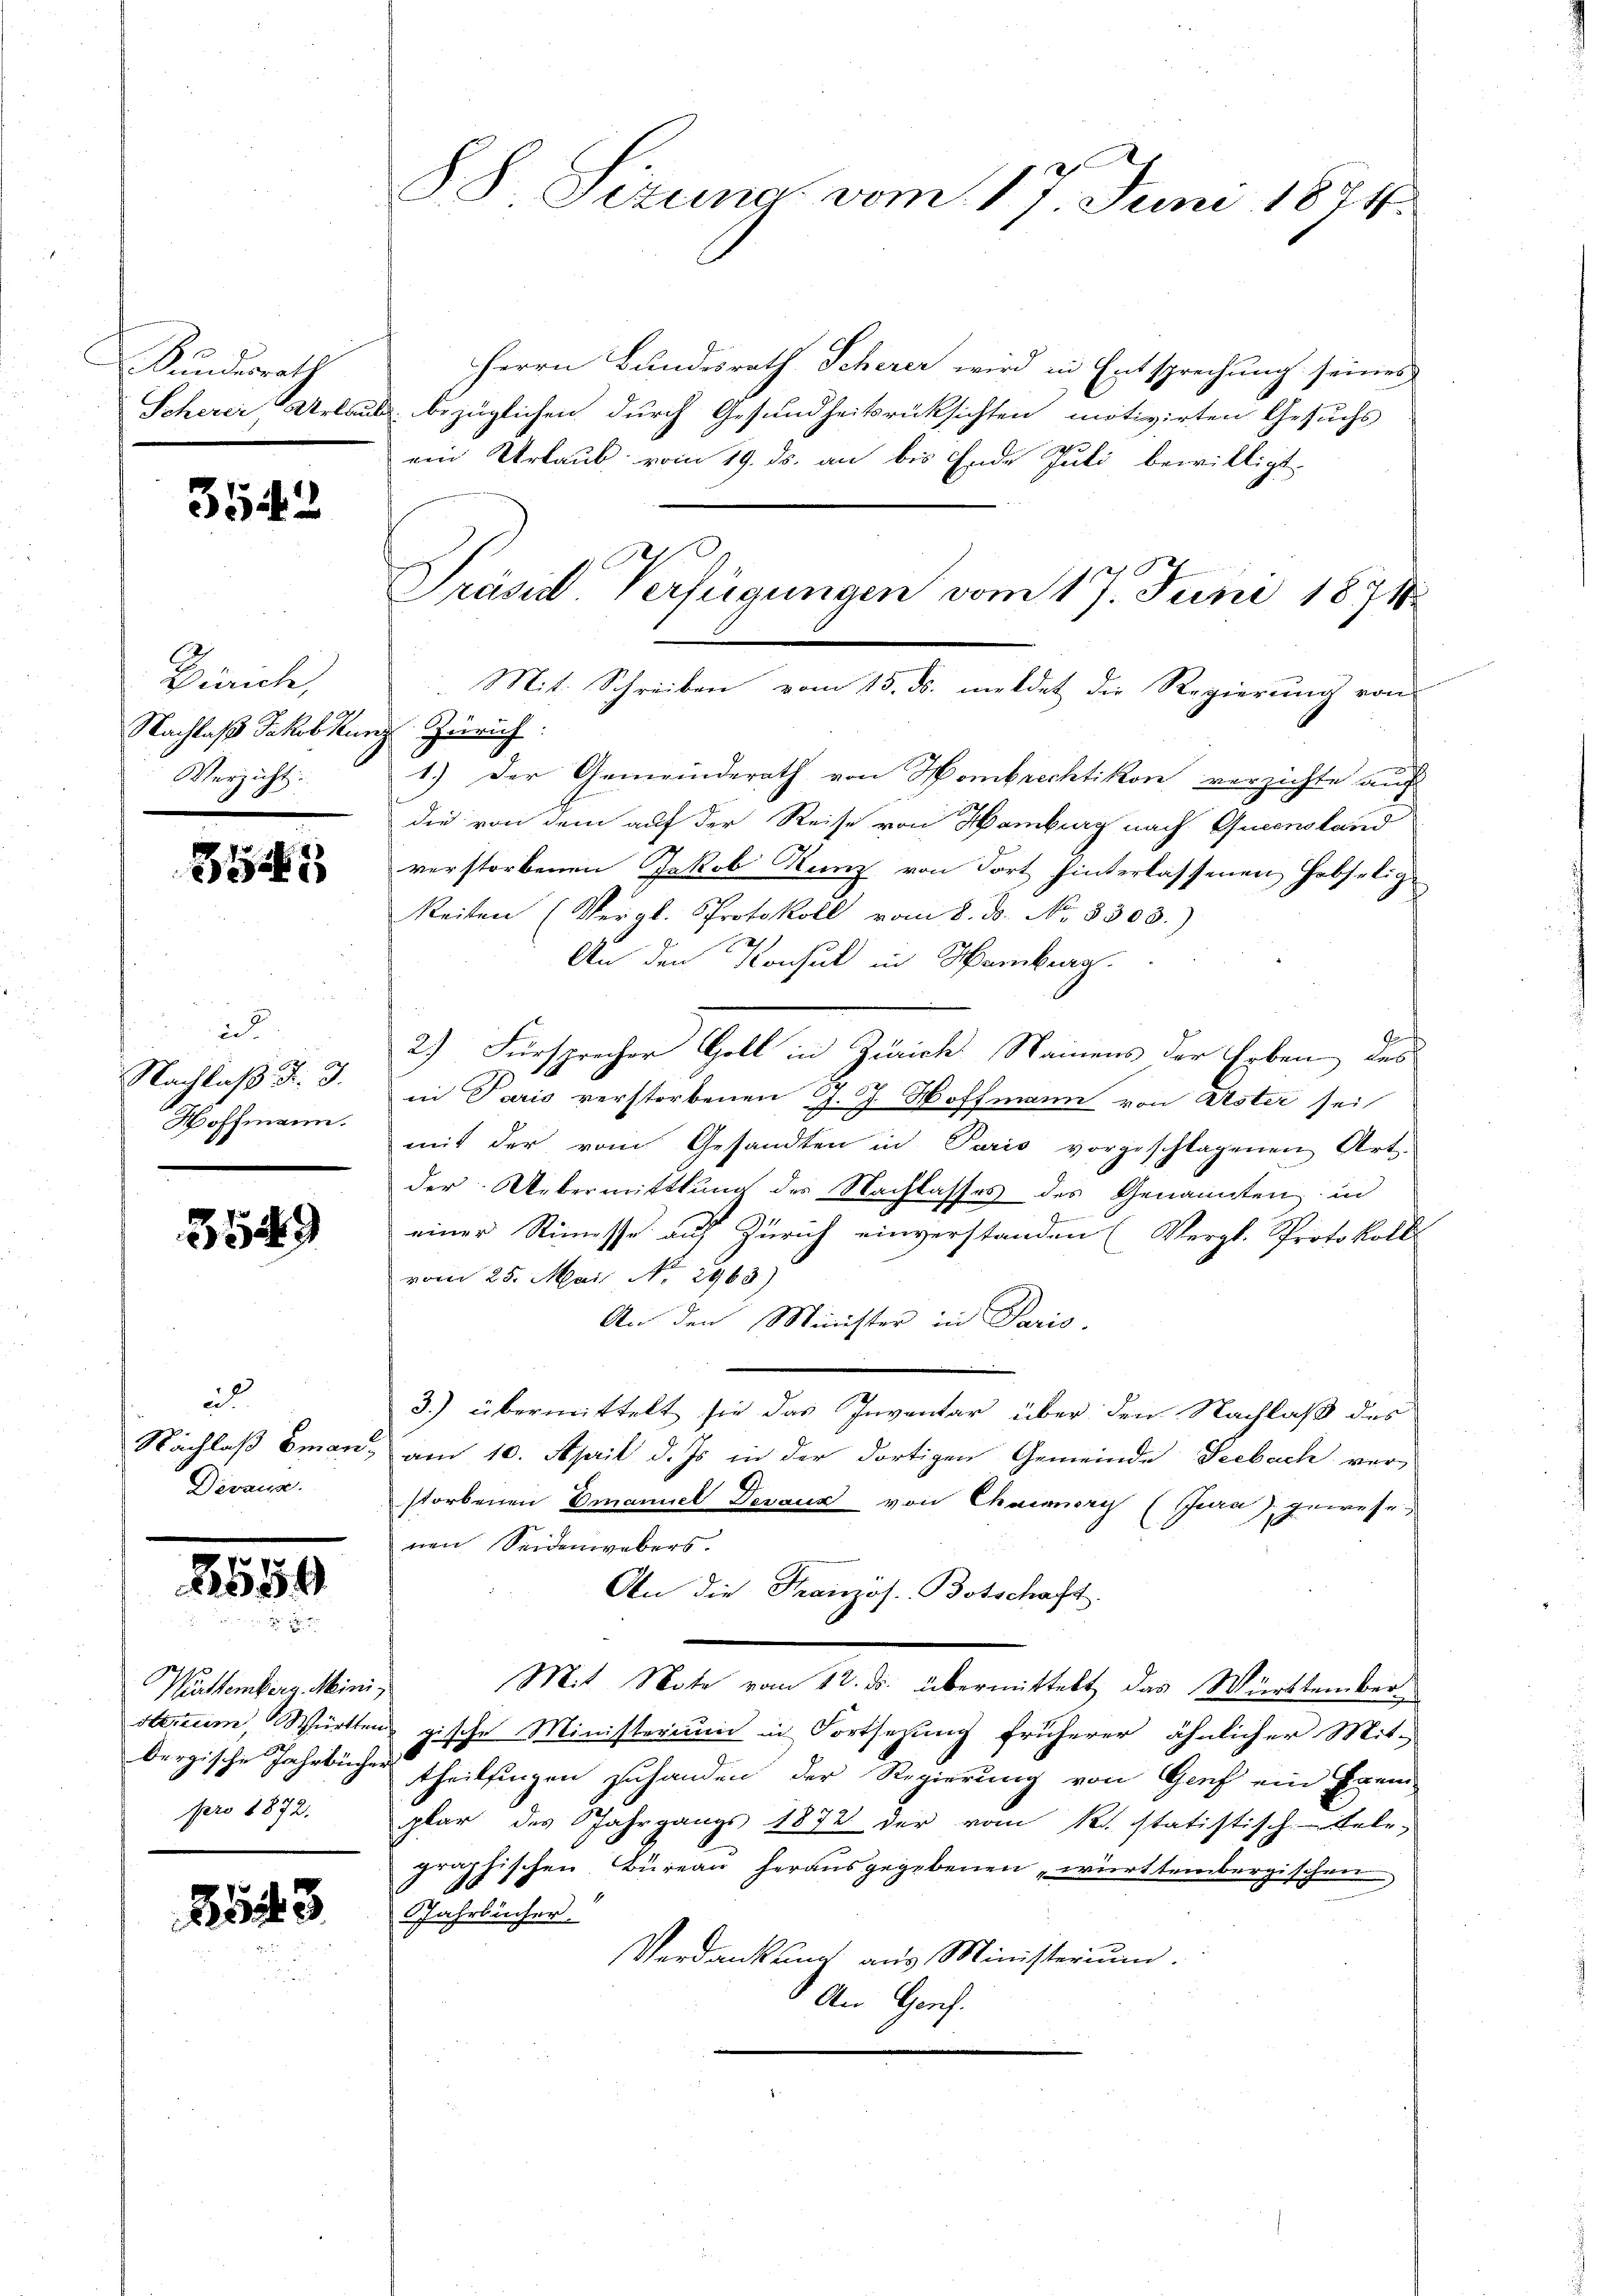
Bundesrath

3542

Piriche,
Nachlaß Jakobkung Zürich:
Verzicht:

314

in
6
Nachlaß d. J.
Hoffmann.

3549

i
Devang.

2559

Württemberg. Minipro 1872.

853

Herrn Bundesrath Scherer wird in Entsprechung seines
Scherer, Urlaub bezüglichen durch Gesundheitsrücksichten motivirten Gesuchs
ein Urlaub vom 19. ds. an bis Ende Juli bewilligt.
1.) Der Gemeinderath von Hombrechtikon verzichte auf
die von dem auf der Reise von Hamburg nach Quconstand
verstorbenen Jakob Runz von Fort hinterlassenen Habselig¬
Reiten (Vergl. Protokoll vom 8. d. No 8303.)
An den Konsul in Hamburg
2) Fürsprecher Goll in Zürich Namens der Erben des
in Paris verstorbenen J. J. Hoffmann von Uster sei
mit der vom Gesandten in Paris vorgeschlagenen Art.
der Uebermittlung des Nachlasses des Genannten in
I
einer Stimesse auf Zürich einverstanden (Vergl. Protokolls
vom 25. Mai No 2963)
An den Minister in Paris.
3.) übermittelt sie das Inventar über den Nachlaß des
Nachlaß Eman, am 10. April d. Js. in der dortigen Gemeinde Seebach vor-
storbenen Emanuel Devanz von Chamery (Jura), gewese
nen Seidenwebers.
An die Franzos. Botschaft.
Mit Note vom 12. ds. übermittelt das Württember
sterium, Württen gische Ministerium in Fortsetzung früherer ähnlicher Mit-
dergische Jahrbücher theilsingen zuhanden der Regierung von Genf ein Exem-
plar des Jahrgangs 1872 der vom R. statistisch-Tele-
graphischen Büreau herausgegebenen württembergischen
Jahrbücher.
Verdankung aus Ministerium.
An Genf.

88. Sizung vom 17. Juni 1874.

Präsd Verfügungen vom 17. Juni 1871
Mit Schreiben vom 15. ds. meldet die Regierung von